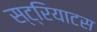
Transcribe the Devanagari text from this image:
स्ट्रियाटस